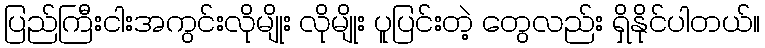
ပြည်ကြီးငါးအကွင်းလိုမျိုး လိုမျိုး ပူပြင်းတဲ့ တွေလည်း ရှိနိုင်ပါတယ်။